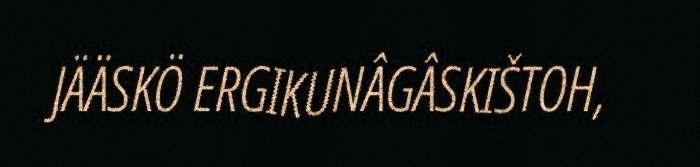
JÄÄSKÖ ERGIKUNÂGÂSKIŠTOH,